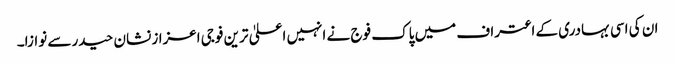
ان کی اسی بہادری کے اعتراف میں پاک فوج نے انہیں اعلیٰ ترین فوجی اعزاز نشان حیدر سے نوازا۔